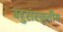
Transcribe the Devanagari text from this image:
बहुसंस्कृतीय